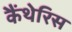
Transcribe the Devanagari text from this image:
कैंथेरिस